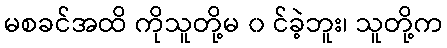
မစခင်အထိ ကိုသူတို့မ ၀ င်ခဲ့ဘူး၊ သူတို့က